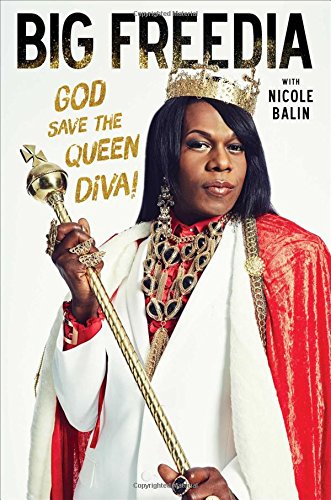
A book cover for Big Freedia: God Save the Queen Diva!; Big Freedia; Gay & Lesbian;